Annual administration report of the Civil Veterinary Department, Sind - 1942-1943
Year: 1942
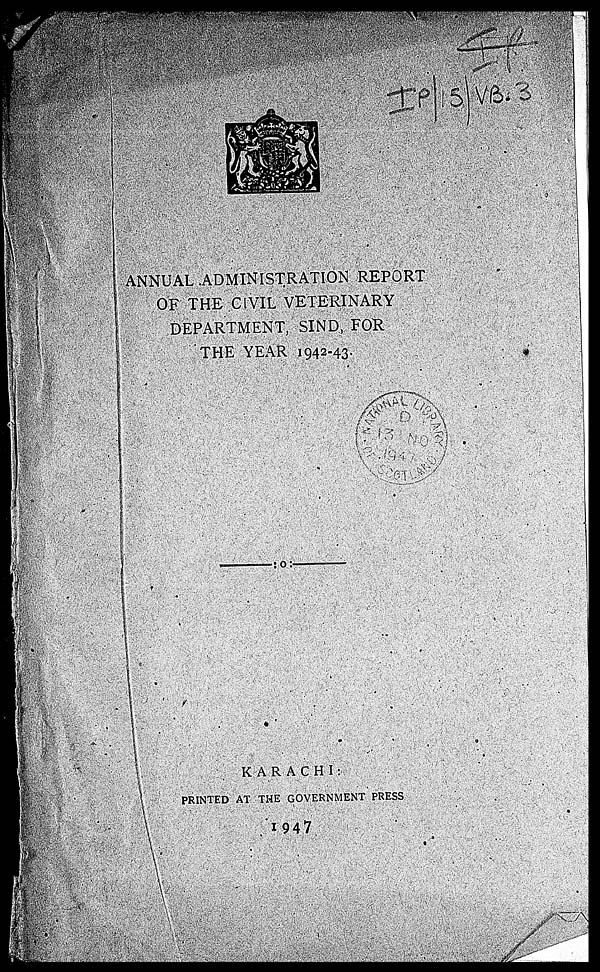
ANNUAL ADMINISTRATION REPORT
OF THE CIVIL VETERINARY
DEPARTMENT, SIND, FOR
THE YEAR 1942-43.
KARACHI:
PRINTED AT THE GOVERNMENT PRESS
1947